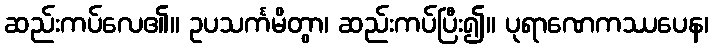
ဆည်းကပ်လေ၏။ ဥပသင်္ကမိတွာ၊ ဆည်းကပ်ပြီး၍။ ပုရာဏေကဿပေန၊